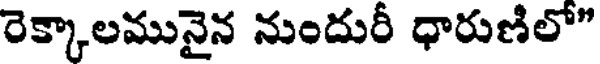
రెక్కాలమునైన నుందురీ ధారుణిలో"